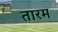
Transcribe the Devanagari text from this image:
तारम